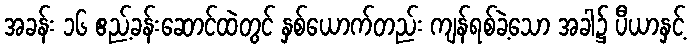
အခန်း ၁၆ ဧည့်ခန်းဆောင်ထဲတွင် နှစ်ယောက်တည်း ကျန်ရစ်ခဲ့သော အခါ၌ ပီယာနှင့်